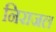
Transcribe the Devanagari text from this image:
निराजल